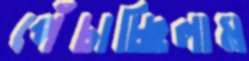
পেঁচাচ্ছিলাম